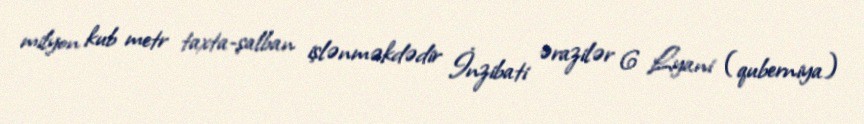
milyon kub metr taxta-şalban işlənməkdədir İnzibati ərazilər 6 Lyani (quberniya)